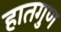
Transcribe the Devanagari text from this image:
हातगुण